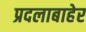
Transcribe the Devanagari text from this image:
प्रदलाबाहेर